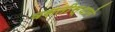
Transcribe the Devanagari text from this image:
वसतीस्थाने